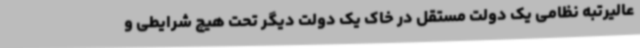
عالیرتبه نظامی یک دولت مستقل در خاک یک دولت دیگر تحت هیچ شرایطی و